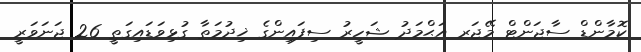
ކޮމާންޑް ސާޖަންޓް މޭޖަރ އަޙްމަދު ޝަހީރު ސިފައިންގެ ޚިދުމަތާ ގުޅިވަޑައިގަތީ 26 ޖަނަވަރީ